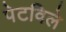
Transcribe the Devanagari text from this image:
पेटविले